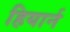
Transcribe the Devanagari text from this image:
हियार्न